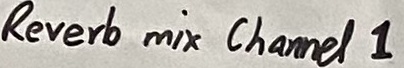
Text: Revert mix Channel 1